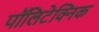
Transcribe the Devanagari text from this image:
पॉलिटेक्‍निक